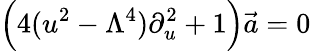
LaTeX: \Big(4(u^{2}-\Lambda^{4})\partial_{u}^{2}+1\Big)\vec{a}=0